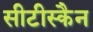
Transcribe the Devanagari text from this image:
सीटीस्कैन